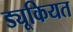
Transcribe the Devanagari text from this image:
ड्यूकियत